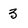
Character: 3